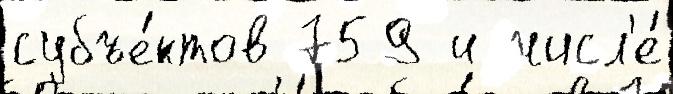
субъе́ктов 759 и числ'е́